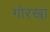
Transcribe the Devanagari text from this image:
गोरखा़